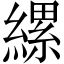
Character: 縲